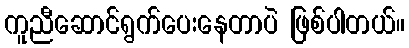
ကူညီဆောင်ရွက်ပေးနေတာပဲ ဖြစ်ပါတယ်။